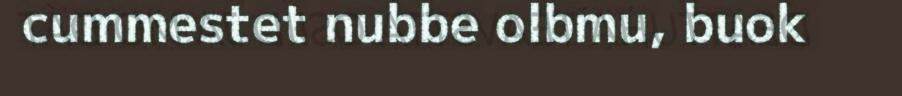
cummestet nubbe olbmu, buok